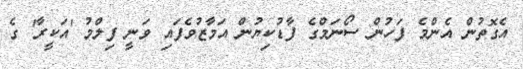
އެގޮތުން އެންމެ ފަހުން ސޯނަމްގެ ފާޑުކިޔުން އަމާޒުވެފައި ވަނީ ފިލްމު 'އަކީރާ' ގެ